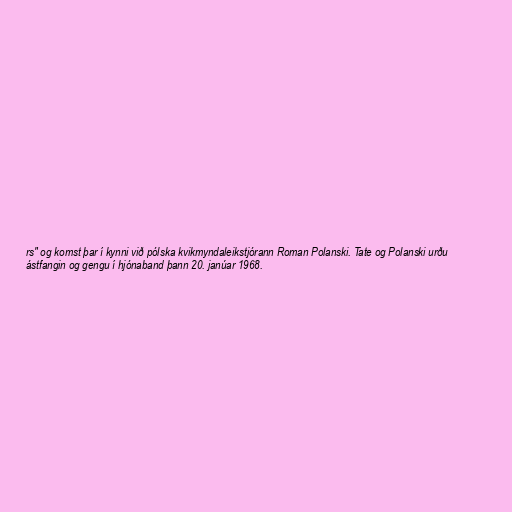
rs" og komst þar í kynni við pólska kvikmyndaleikstjórann Roman Polanski. Tate og Polanski urðu
ástfangin og gengu í hjónaband þann 20. janúar 1968.